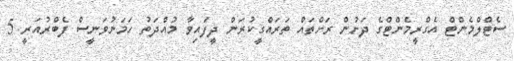
ސެޓްލްމެންޓް އެގްރީމެންޓްގެ ދަށުން ރަށްތައް ތަރައްގީކުރަން ދީފައިވާ މުއްދަތު ހަމަނުވަނީސް ފެބްރުއަރީ 5